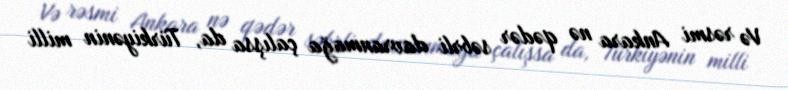
Və rəsmi Ankara nə qədər səbrli davranmağa çalışsa da, Türkiyənin milli